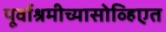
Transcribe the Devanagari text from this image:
पूर्वाश्रमीच्यासोव्हिएत